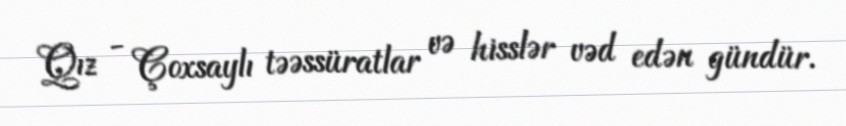
Qız - Çoxsaylı təəssüratlar və hisslər vəd edən gündür.